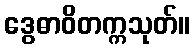
ဒွေဓာဝိတက္ကသုတ်။